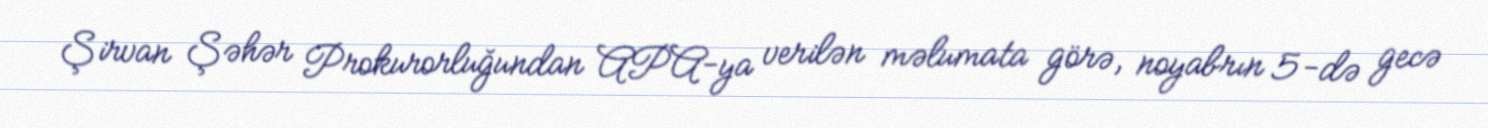
Şirvan Şəhər Prokurorluğundan APA-ya verilən məlumata görə, noyabrın 5-də gecə